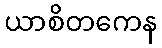
ယာစိတကေန